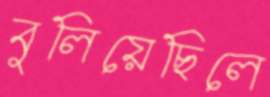
বুলিয়েছিলে